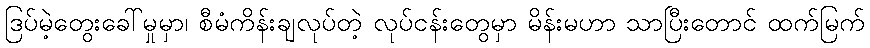
ဒြပ်မဲ့တွေးခေါ်မှုမှာ၊ စီမံကိန်းချလုပ်တဲ့ လုပ်ငန်းတွေမှာ မိန်းမဟာ သာပြီးတောင် ထက်မြက်